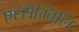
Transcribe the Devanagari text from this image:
एस्सेम्बिलि